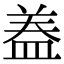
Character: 𭾂